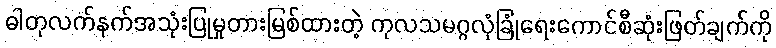
ဓါတုလက်နက်အသုံးပြုမှုတားမြစ်ထားတဲ့ ကုလသမဂ္ဂလုံခြုံရေးကောင်စီဆုံးဖြတ်ချက်ကို